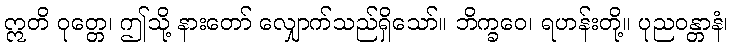
ဣတိ ဝုတ္တေ၊ ဤသို့ နားတော် လျှောက်သည်ရှိသော်။ ဘိက္ခဝေ၊ ရဟန်းတို့။ ပုညဝန္တာနံ၊